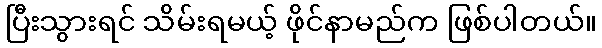
ပြီးသွားရင် သိမ်းရမယ့် ဖိုင်နာမည်က ဖြစ်ပါတယ်။